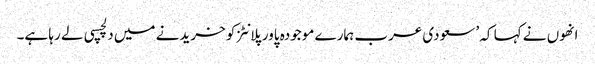
انھوں نے کہا کہ ’سعودی عرب ہمارے موجودہ پاور پلانٹز کو خریدنے میں دلچسپی لے رہا ہے۔